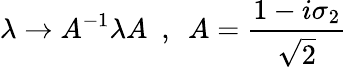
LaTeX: \lambda\rightarrow A^{-1}\lambda A~~,~~A=\frac{1-i\sigma_{2}}{\sqrt{2}}